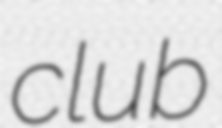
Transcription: club